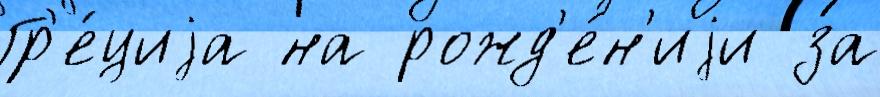
Гр'е́циjа на рожд'е́н'иjи за